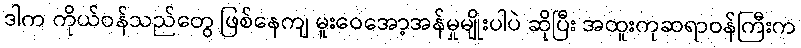
ဒါက ကိုယ်ဝန်သည်တွေ ဖြစ်နေကျ မူးဝေအော့အန်မှုမျိုးပါပဲ ဆိုပြီး အထူးကုဆရာဝန်ကြီးက